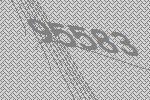
95583